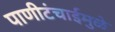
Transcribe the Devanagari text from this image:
पाणीटंचाईमुळे